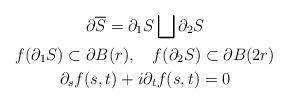
LaTeX: \begin{gather*}\partial \overline{S}=\partial_1S\bigsqcup \partial_2S \\f(\partial_1 S)\subset \partial B(r), \ \ \ f(\partial_2 S)\subset \partial B(2r) \\\partial_sf(s,t)+i\partial _tf(s,t)=0\end{gather*}